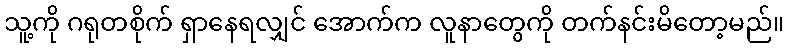
သူ့ကို ဂရုတစိုက် ရှာနေရလျှင် အောက်က လူနာတွေကို တက်နင်းမိတော့မည်။